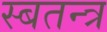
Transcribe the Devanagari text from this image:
स्बतन्त्र